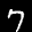
Label: 7